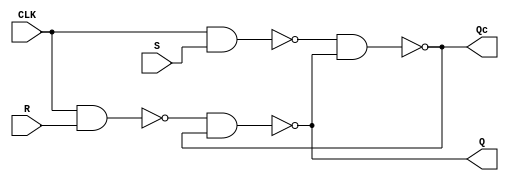
`timescale 1ns / 1ps

module rs_flipflop(
    input CLK, 
    input R, 
    input S,
    output Q, 
    output Qc
    );
    
    assign Q = ~(~(CLK & R) & Qc);
    assign Qc = ~(~(CLK & S) & Q);
endmodule